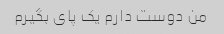
من دوست دارم یک پای بگیرم